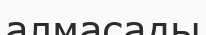
алмасады